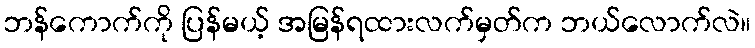
ဘန်ကောက်ကို ပြန်မယ့် အမြန်ရထားလက်မှတ်က ဘယ်လောက်လဲ။